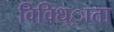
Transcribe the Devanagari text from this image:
विविध्ाता